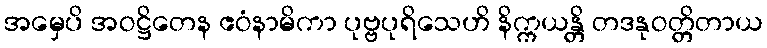
အမှေပိ အဝဋ္ဌိတေန ဧဝံနာမိကာ ပုဗ္ဗပုရိသေဟိ နိက္ကယန္တိ တဒနုဝတ္တိတာယ